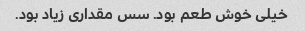
خیلی خوش طعم بود. سس مقداری زیاد بود.